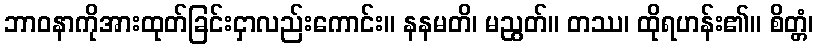
ဘာဝနာကိုအားထုတ်ခြင်းငှာလည်းကောင်း။ နနမတိ၊ မညွတ်။ တဿ၊ ထိုရဟန်း၏။ စိတ္တံ၊